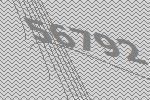
56792